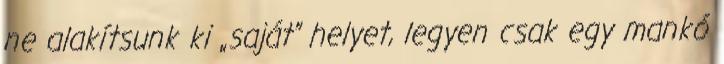
ne alakítsunk ki „saját” helyet, legyen csak egy mankó